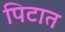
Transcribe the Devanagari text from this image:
पिटात